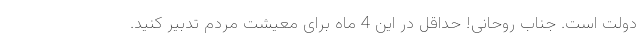
دولت است. جناب روحانی! حداقل در این 4 ماه برای معیشت مردم تدبیر کنید.